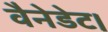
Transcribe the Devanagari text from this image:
वैनेडेट।